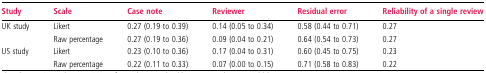
<table><thead><tr><td><b>Study</b></td><td><b>Scale</b></td><td><b>Case note</b></td><td><b>Reviewer</b></td><td><b>Residual error</b></td><td><b>Reliability of a single review</b></td></tr></thead><tbody><tr><td>UK study</td><td>Likert</td><td>0.27 (0.19 to 0.39)</td><td>0.14 (0.05 to 0.34)</td><td>0.58 (0.44 to 0.71)</td><td>0.27</td></tr><tr><td></td><td>Raw percentage</td><td>0.27 (0.19 to 0.36)</td><td>0.09 (0.04 to 0.21)</td><td>0.64 (0.54 to 0.73)</td><td>0.27</td></tr><tr><td>US study</td><td>Likert</td><td>0.23 (0.10 to 0.36)</td><td>0.17 (0.04 to 0.31)</td><td>0.60 (0.45 to 0.75)</td><td>0.23</td></tr><tr><td></td><td>Raw percentage</td><td>0.22 (0.11 to 0.33)</td><td>0.07 (0.00 to 0.15)</td><td>0.71 (0.58 to 0.83)</td><td>0.22</td></tr></tbody></table>